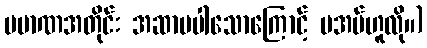
ပမာဏအတိုင်း အဆာမပါသောကြောင့် မအပ်ဟူလို။)